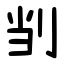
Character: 㓥